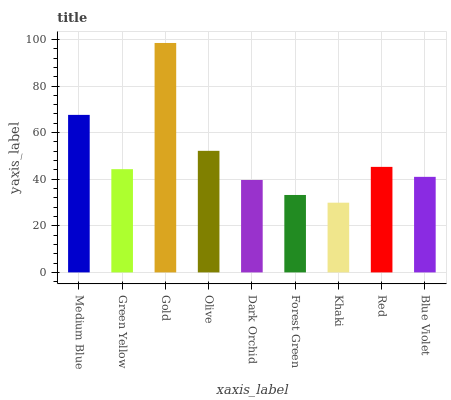
| xaxis_label | bars |
 | --- | --- |
 | Medium Blue | 67.6 |
 | Green Yellow | 44.3 |
 | Gold | 98.5 |
 | Olive | 52.2 |
 | Dark Orchid | 39.7 |
 | Forest Green | 33.2 |
 | Khaki | 29.9 |
 | Red | 45.3 |
 | Blue Violet | 41 |